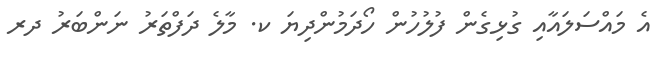
އެ މައްސަލައާއި ގުޅިގެން ފުލުހުން ހޯދަމުންދިޔަ ކ. މާލެ ދަފްތަރު ނަންބަރު ދރ